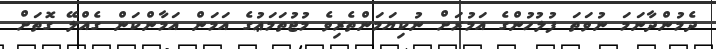
ދެމުންދާނަމަ ނުވަތަ ފުލުހުންގެ އަމުރަށް ނުކިޔަމަންތެރިވެ މުޖުތަމަޢުގެ އަމަން އަމާންކަން ގެއްލޭ ގޮތަށް